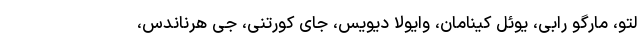
لتو، مارگو رابی، یوئل کینامان، وایولا دیویس، جای کورتنی، جی هرناندس،